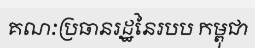
គណៈប្រធានរដ្ឋនៃរបប កម្ពុជា